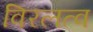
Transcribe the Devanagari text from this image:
विरलत्व